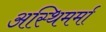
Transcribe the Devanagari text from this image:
अस्थिमर्मा